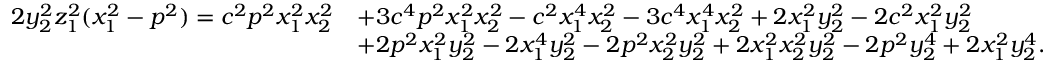
\begin{array} { r l } { 2 y _ { 2 } ^ { 2 } z _ { 1 } ^ { 2 } ( x _ { 1 } ^ { 2 } - p ^ { 2 } ) = c ^ { 2 } p ^ { 2 } x _ { 1 } ^ { 2 } x _ { 2 } ^ { 2 } } & { + 3 c ^ { 4 } p ^ { 2 } x _ { 1 } ^ { 2 } x _ { 2 } ^ { 2 } - c ^ { 2 } x _ { 1 } ^ { 4 } x _ { 2 } ^ { 2 } - 3 c ^ { 4 } x _ { 1 } ^ { 4 } x _ { 2 } ^ { 2 } + 2 x _ { 1 } ^ { 2 } y _ { 2 } ^ { 2 } - 2 c ^ { 2 } x _ { 1 } ^ { 2 } y _ { 2 } ^ { 2 } } \\ & { + 2 p ^ { 2 } x _ { 1 } ^ { 2 } y _ { 2 } ^ { 2 } - 2 x _ { 1 } ^ { 4 } y _ { 2 } ^ { 2 } - 2 p ^ { 2 } x _ { 2 } ^ { 2 } y _ { 2 } ^ { 2 } + 2 x _ { 1 } ^ { 2 } x _ { 2 } ^ { 2 } y _ { 2 } ^ { 2 } - 2 p ^ { 2 } y _ { 2 } ^ { 4 } + 2 x _ { 1 } ^ { 2 } y _ { 2 } ^ { 4 } . } \end{array}